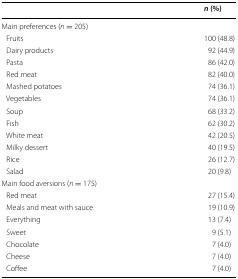
|  | n (%) |
 | --- | --- |
 | <COLSPAN=2> Main preferences (n = 205) |
 | Fruits | 100 (48.8) |
 | Dairy products | 92 (44.9) |
 | Pasta | 86 (42.0) |
 | Red meat | 82 (40.0) |
 | Mashed potatoes | 74 (36.1) |
 | Vegetables | 74 (36.1) |
 | Soup | 68 (33.2) |
 | Fish | 62 (30.2) |
 | White meat | 42 (20.5) |
 | Milky dessert | 40 (19.5) |
 | Rice | 26 (12.7) |
 | Salad | 20 (9.8) |
 | <COLSPAN=2> Main food aversions (n = 175) |
 | Red meat | 27 (15.4) |
 | Meals and meat with sauce | 19 (10.9) |
 | Everything | 13 (7.4) |
 | Sweet | 9 (5.1) |
 | Chocolate | 7 (4.0) |
 | Cheese | 7 (4.0) |
 | Coffee | 7 (4.0) |